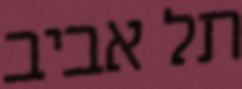
תל אביב